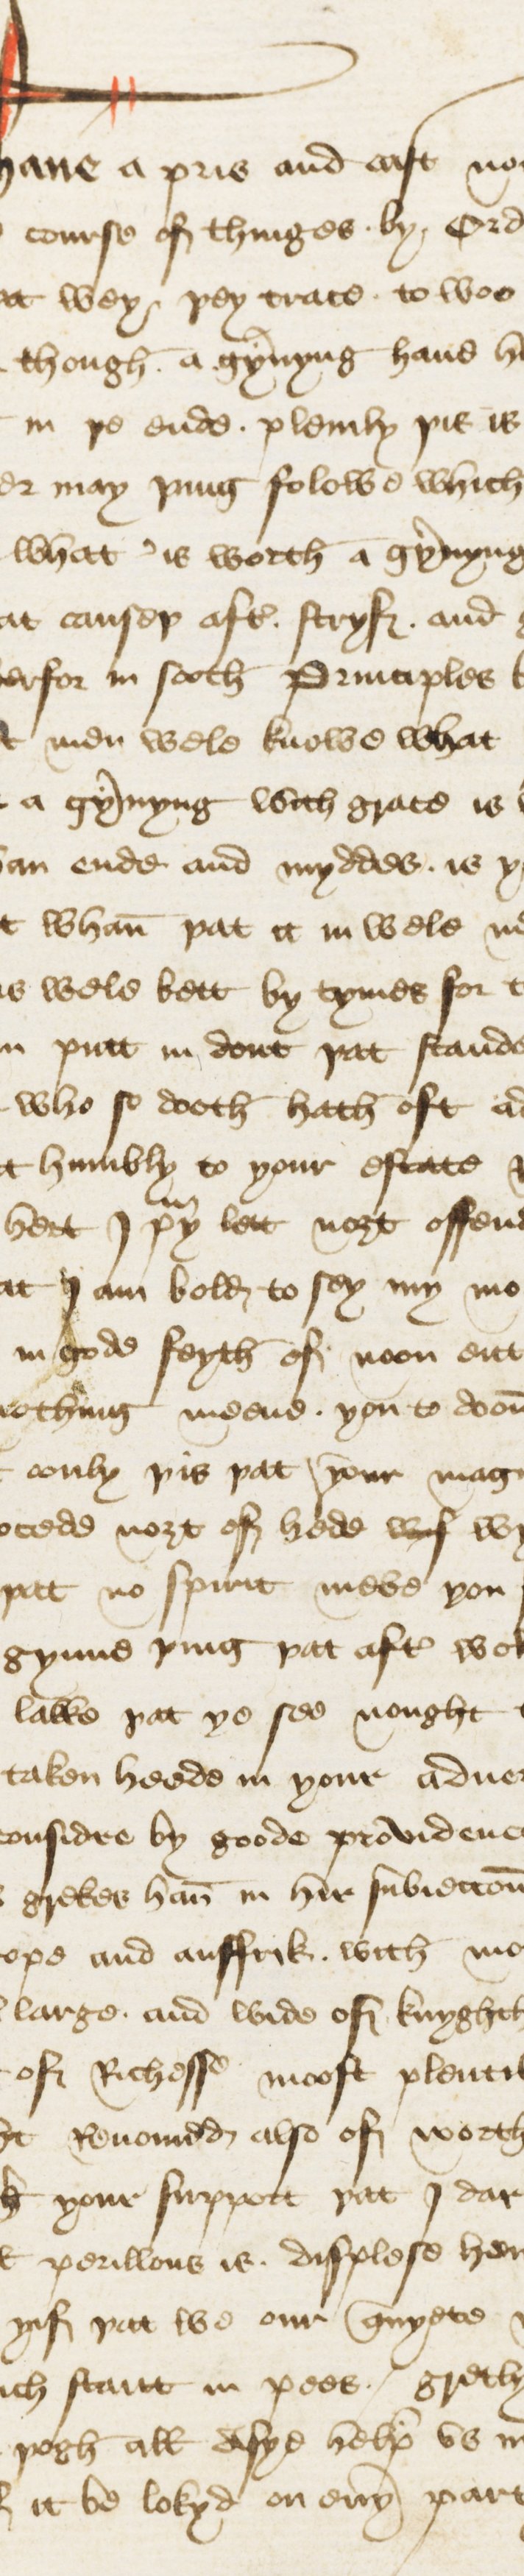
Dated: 1440–1460